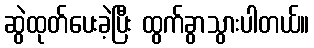
ဆွဲထုတ်ပေးခဲ့ပြီး ထွက်ခွာသွားပါတယ်။